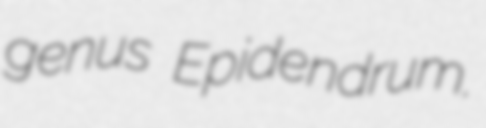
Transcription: genus Epidendrum.